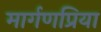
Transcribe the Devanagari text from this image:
मार्गणप्रिया